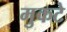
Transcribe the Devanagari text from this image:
मुकटे